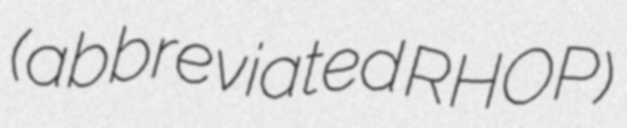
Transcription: (abbreviated RHOP)